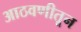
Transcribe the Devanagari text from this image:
आठवणीतून